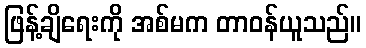
ဖြန့်ချိရေးကို အစ်မက တာဝန်ယူသည်။